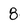
Character: 8